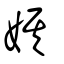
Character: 娸